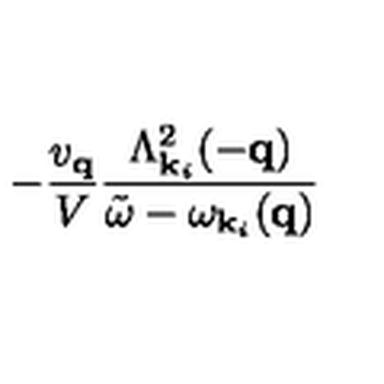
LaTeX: - \frac { v _ { { \bf { q } } } } { V } \frac { \Lambda _ { { \bf { k } } _ { i } } ^ { 2 } ( - { \bf { q } } ) } { { \tilde { \omega } } - \omega _ { { \bf { k } } _ { i } } ( { \bf { q } } ) }